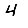
Digit: 4